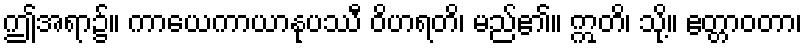
ဤအရာ၌။ ကာယေကာယာနုပဿီ ဝိဟရတိ၊ မည်၏။ ဣတိ၊ သို့။ ဧတ္တာဝတာ၊